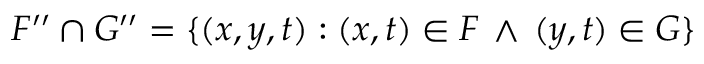
F ^ { \prime \prime } \cap G ^ { \prime \prime } = \{ ( x , y , t ) : ( x , t ) \in F \, \land \, ( y , t ) \in G \}